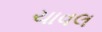
ચાવલ